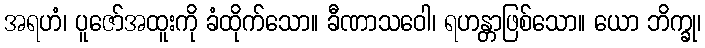
အရဟံ၊ ပူဇော်အထူးကို ခံထိုက်သော။ ခီဏာသဝေါ၊ ရဟန္တာဖြစ်သော။ ယော ဘိက္ခု၊